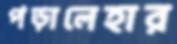
পড়ালেহার